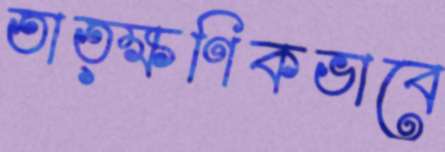
তাত্ক্ষণিকভাবে